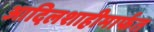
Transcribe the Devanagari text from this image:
आदिलशाहीमार्फत